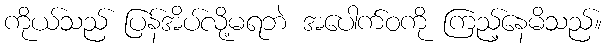
ကိုယ်သည် ပြန်အိပ်လို့မရဘဲ အပေါက်ဝကို ကြည့်နေမိသည်။